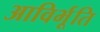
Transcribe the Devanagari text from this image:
आविर्भूति